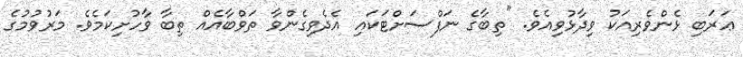
ޢަރަބި ޅެންވެރިއަކު ވިދާޅުވިއެވެ. "ތިބާގެ ނަފްސަށްޓަކައި އެދެވިގެންވާ ތަވްބާއެއް ތިބާ ވާހުށިކަމެވެ. މަރުވުމުގެ